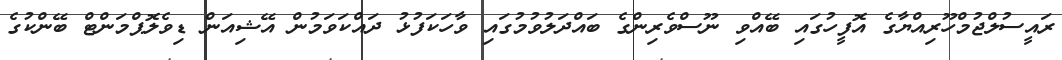
ރައީސުލްޖުމްހޫރިއްޔާގެ އޮފީހުގައި ބޭއްވި ނޫސްވެރިންގެ ބައްދަލުވުމުގައި ވާހަކަފުޅު ދައްކަވަމުން އޭޝިއަން ޑިވެލޮޕްމަންޓް ބޭންކުގެ